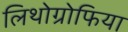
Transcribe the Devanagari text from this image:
लिथोग्रोफिया